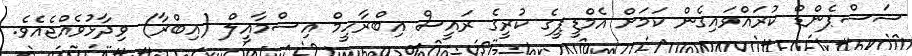
ސަސްޕެންޑް ކުރައްވައިގެން ކަމަށް އެމްޑީޕީގެ ކުރީގެ ރައީސް އިބްރާހީމް އިސްމާއީލް (އިބްރާ) ވިދާޅުވެއްޖެއެވެ.